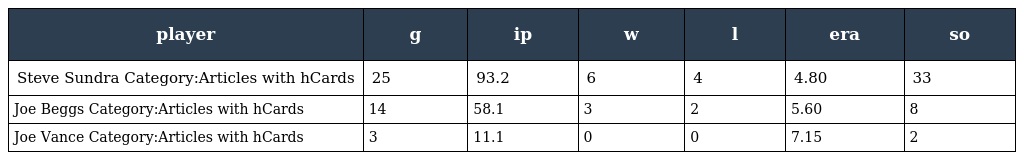
| player | g | ip | w | l | era | so |
 | --- | --- | --- | --- | --- | --- | --- |
 | Steve Sundra Category:Articles with hCards | 25 | 93.2 | 6 | 4 | 4.80 | 33 |
 | Joe Beggs Category:Articles with hCards | 14 | 58.1 | 3 | 2 | 5.60 | 8 |
 | Joe Vance Category:Articles with hCards | 3 | 11.1 | 0 | 0 | 7.15 | 2 |